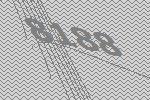
8188